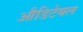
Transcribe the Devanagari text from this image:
औडिटेबल